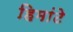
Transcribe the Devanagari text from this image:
हिमांटे